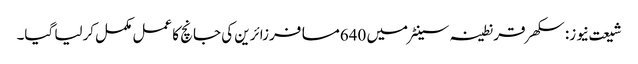
شیعت نیوز: سکھر قرنطینہ سینٹرمیں 640مسافرزائرین کی جانچ کا عمل مکمل کرلیا گیا۔